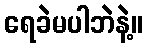
ရေခဲမပါဘဲနဲ့။